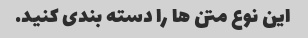
این نوع متن ها را دسته بندی کنید.